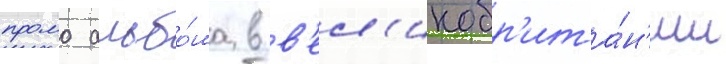
промо альбо́ма в в'ел'икобр'ита́н'ии